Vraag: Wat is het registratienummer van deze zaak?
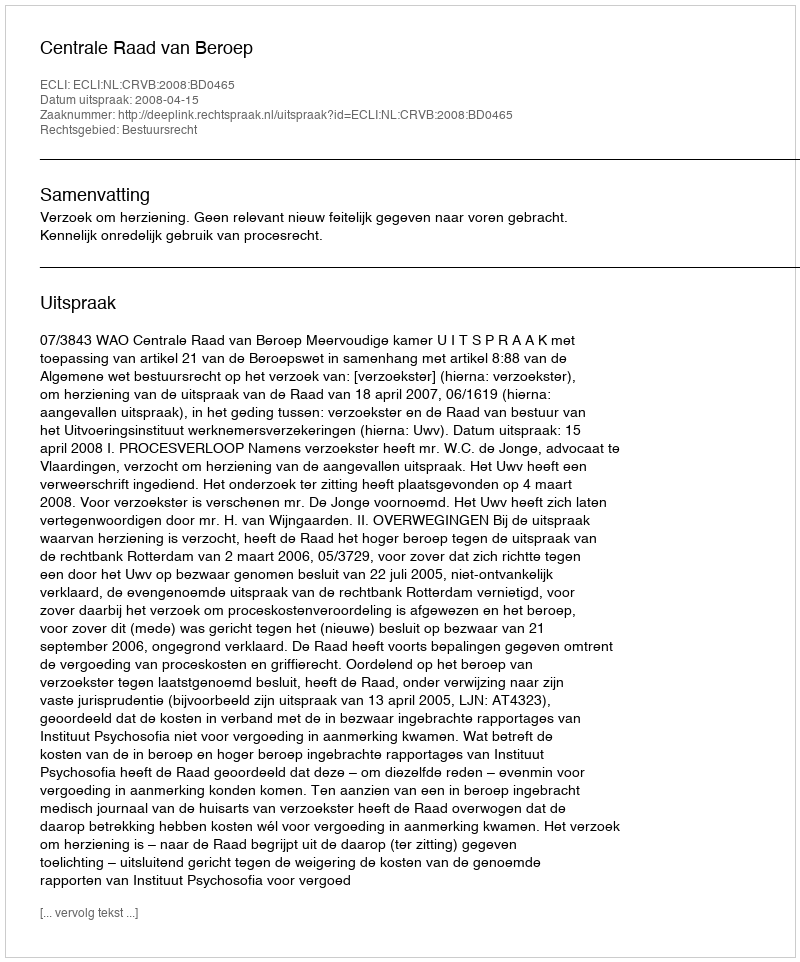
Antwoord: http://deeplink.rechtspraak.nl/uitspraak?id=ECLI:NL:CRVB:2008:BD0465